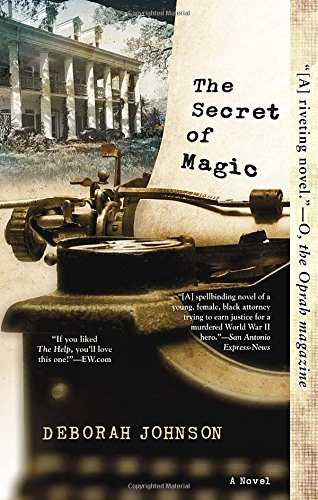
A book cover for The Secret of Magic; Deborah Johnson; Literature & Fiction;